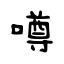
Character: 噂